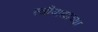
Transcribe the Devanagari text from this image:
स्त्रीवाद्याच्या